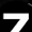
Digit: 7